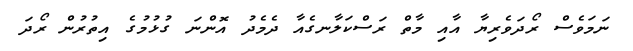
ނަމަވެސް ރޯދަވެރިޔާ އާއި މާތް ރަސްކަލާނގެއާ ދެމެދު އޮންނަ ގުޅުމުގެ އިތުރުން ރޯދަ